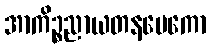
အာကိဉ္စညာယတနမေကော